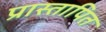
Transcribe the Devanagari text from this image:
प्रास्तापित